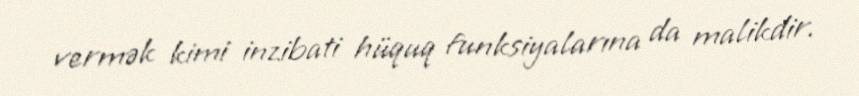
vermək kimi inzibati hüquq funksiyalarına da malikdir.